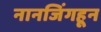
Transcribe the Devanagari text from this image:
नानजिंगहून